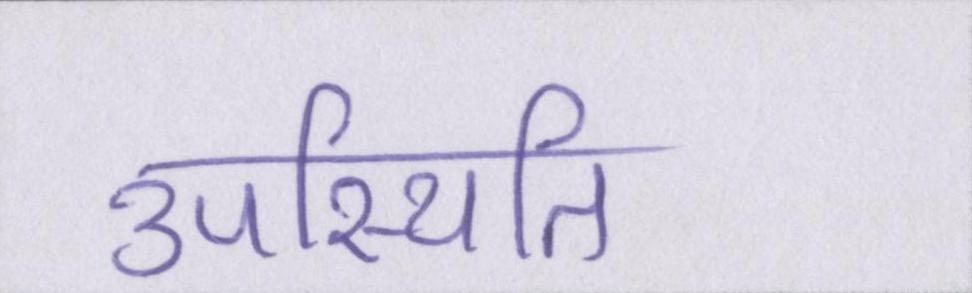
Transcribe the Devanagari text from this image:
उपस्थिति